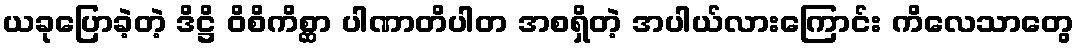
ယခုပြောခဲ့တဲ့ ဒိဋ္ဌိ ဝိစိကိစ္ဆာ ပါဏာတိပါတ အစရှိတဲ့ အပါယ်လားကြောင်း ကိလေသာတွေ